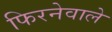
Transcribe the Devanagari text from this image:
फिरनेवाले